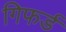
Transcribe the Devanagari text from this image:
गिफर्ड